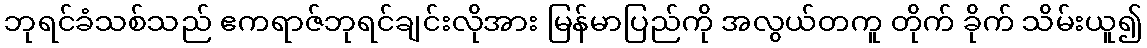
ဘုရင်ခံသစ်သည် ဧကရာဇ်ဘုရင်ချင်းလိုအား မြန်မာပြည်ကို အလွယ်တကူ တိုက် ခိုက် သိမ်းယူ၍